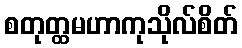
စတုတ္ထမဟာကုသိုလ်စိတ်